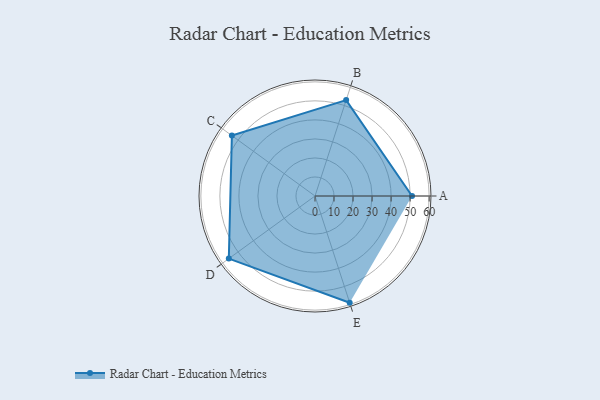
{"axis": {"x": "Skill", "y": "Score"}, "legend": ["Profile"], "data": [{"x": "A", "y": 51.0, "type": "Profile"}, {"x": "B", "y": 53.0, "type": "Profile"}, {"x": "C", "y": 54.0, "type": "Profile"}, {"x": "D", "y": 56.0, "type": "Profile"}, {"x": "E", "y": 59.0, "type": "Profile"}]}